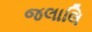
જલાલિ